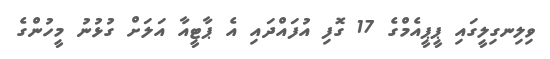
ވިލިނގިލީގައި ޕީޕީއެމްގެ 17 ގޮފި އުފައްދައި އެ ޕާޓީއާ އަލަށް ގުޅުނު މީހުންގެ